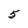
Character: 5